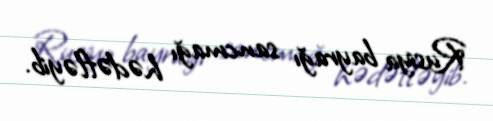
Rusiya bayrağı sancmağı hədəfləyib.